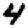
Digit: 4